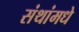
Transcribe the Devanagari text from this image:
संथांमधे